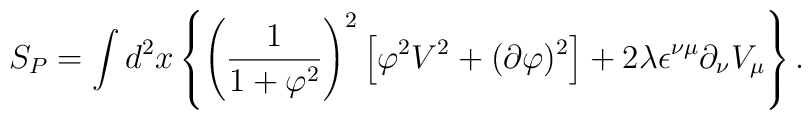
S_{P}=\int d^{2}x\left\{\left(\frac{1}{1+\varphi^{2}}\right)^{2}\left[\varphi^{2}V^2+(\partial\varphi)^{2}\right]+2\lambda\epsilon^{\nu\mu}\partial_{\nu}V_{\mu}\right\}.